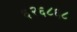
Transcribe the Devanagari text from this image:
६२६८६८